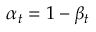
\alpha _ { t } = 1 - \beta _ { t }